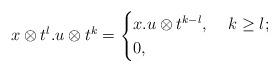
LaTeX: \begin{align*}x \otimes t^l.u \otimes t^k= \begin{cases} x.u \otimes t^{k-l}, & ~ k \geq l;\\ 0, & \\ \end{cases}\end{align*}